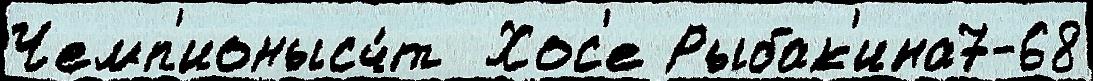
Чемп'ионысч́т  Хос'е Рыбак'ина7-68